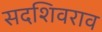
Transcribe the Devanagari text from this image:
सदशिवराव